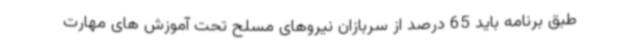
طبق برنامه باید 65 درصد از سربازان نیروهای مسلح تحت آموزش های مهارت